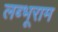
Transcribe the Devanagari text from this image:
लब्भूराम